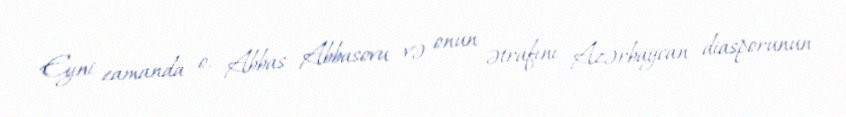
Eyni zamanda o, Abbas Abbasovu və onun ətrafını Azərbaycan diasporunun